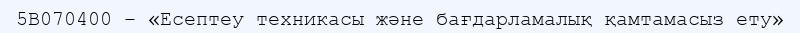
5В070400 – «Есептеу техникасы және бағдарламалық қамтамасыз ету»